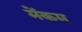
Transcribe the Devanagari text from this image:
मेंकम